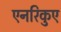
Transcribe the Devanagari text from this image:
एनरिकुए